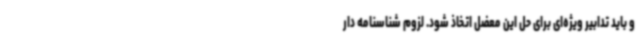
و باید تدابیر ویژه‌ای برای حل این معضل اتخاذ شود. لزوم شناسنامه دار